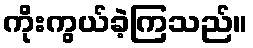
ကိုးကွယ်ခဲ့ကြသည်။